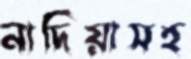
নাদিয়াসহ